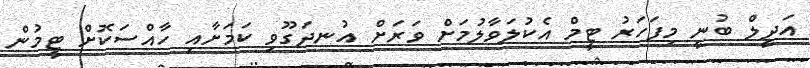
އަދީލް ބުނީ މިފަހަރު ޓީމް އެކުލަވާލުމަށް ވަރަށް އުނދަގޫވި ކަމަށާއި ހާއްސަކޮށް ޓީމުން